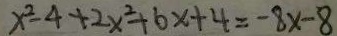
x ^ { 2 } - 4 + 2 x ^ { 2 } + 6 x + 4 = - 8 x - 8